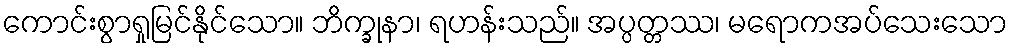
ကောင်းစွာရှုမြင်နိုင်သော။ ဘိက္ခုနာ၊ ရဟန်းသည်။ အပ္ပတ္တဿ၊ မရောကအပ်သေးသော